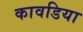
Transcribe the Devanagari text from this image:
कावडिया